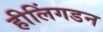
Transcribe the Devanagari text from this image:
हीलिंगडन